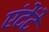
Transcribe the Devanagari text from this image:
एंटेंटे